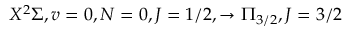
X ^ { 2 } \Sigma , v = 0 , N = 0 , J = 1 / 2 , \rightarrow \Pi _ { 3 / 2 } , J = 3 / 2